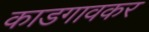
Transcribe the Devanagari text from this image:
काडगावकर